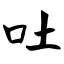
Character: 吐